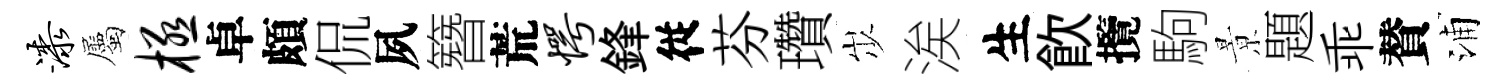
漆屬极卓頗侃夙簪荒愕鋒従芬瓚𡵯涘生飮攬駒㬌題乖賛浦